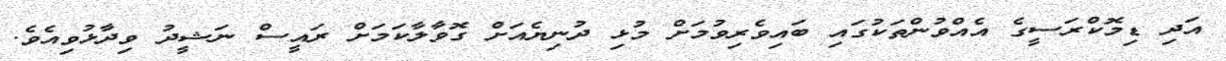
އަދި ޑިމޮކްރަސީގެ އެއްވުންތަކުގައި ބައިވެރިވުމަށް މުޅި ދުނިޔެއަށް ގޮވާލާކަމަށް ރައީސް ނަޝީދު ވިދާޅުވިއެވެ.